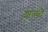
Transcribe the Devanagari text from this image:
शब्ब्दै